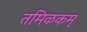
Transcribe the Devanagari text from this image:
तमिऴकम्